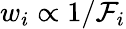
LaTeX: w_{i}\propto 1/\mathcal{F}_{i}